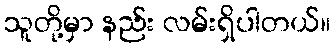
သူတို့မှာ နည်း လမ်းရှိပါတယ်။